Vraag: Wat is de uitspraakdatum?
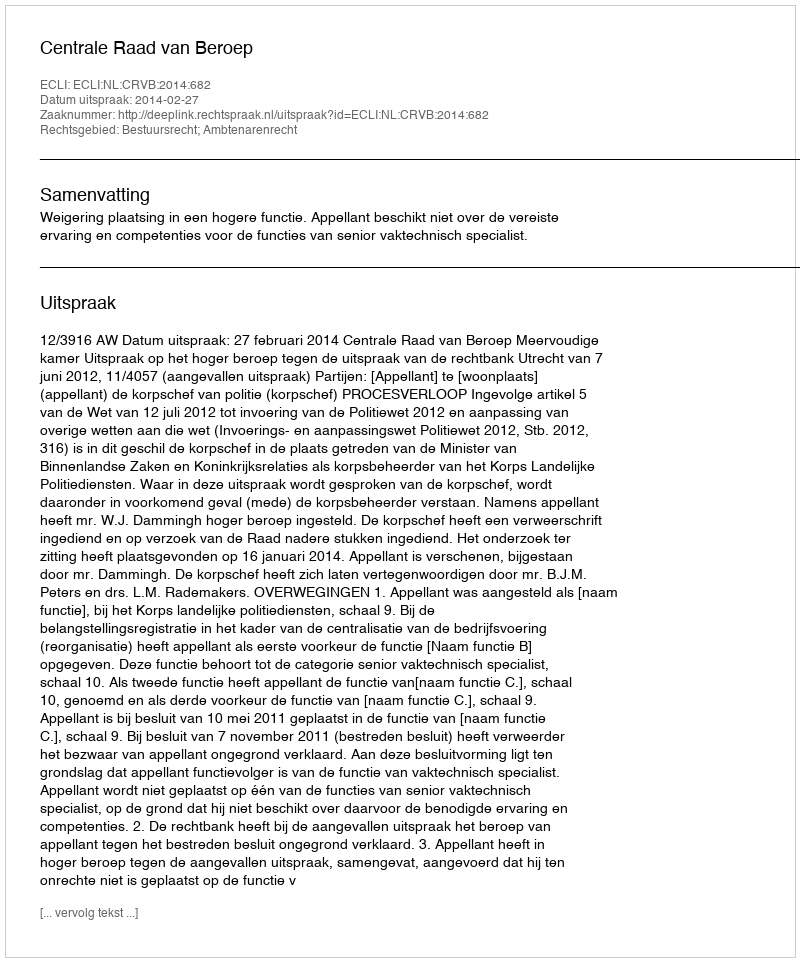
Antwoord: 2014-02-27